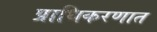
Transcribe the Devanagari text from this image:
प्राधिकरणात